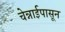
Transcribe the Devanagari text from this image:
चेन्नाईपासून